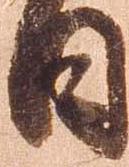
日